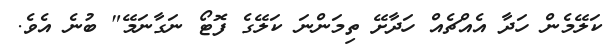
ކަލޭމެން ހަދާ އެއްޗެއް ހަދާށޭ ތިމަންނަ ކަލޭގެ ފޮޓޯ ނަގާނަމޭ" ބުނެ އެވެ.